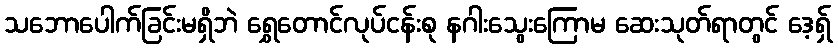
သဘောပေါက်ခြင်းမရှိဘဲ ရွှေတောင်လုပ်ငန်းစု နဂါးသွေးကြောမ ဆေးသုတ်ရာတွင် ဒေ့ရှ်